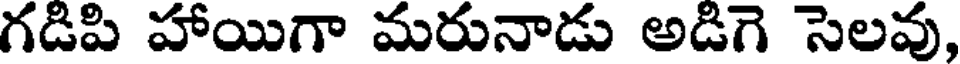
గడిపి హాయిగా మరునాడు అడిగె సెలవు,